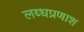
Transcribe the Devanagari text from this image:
लब्धप्रणाश